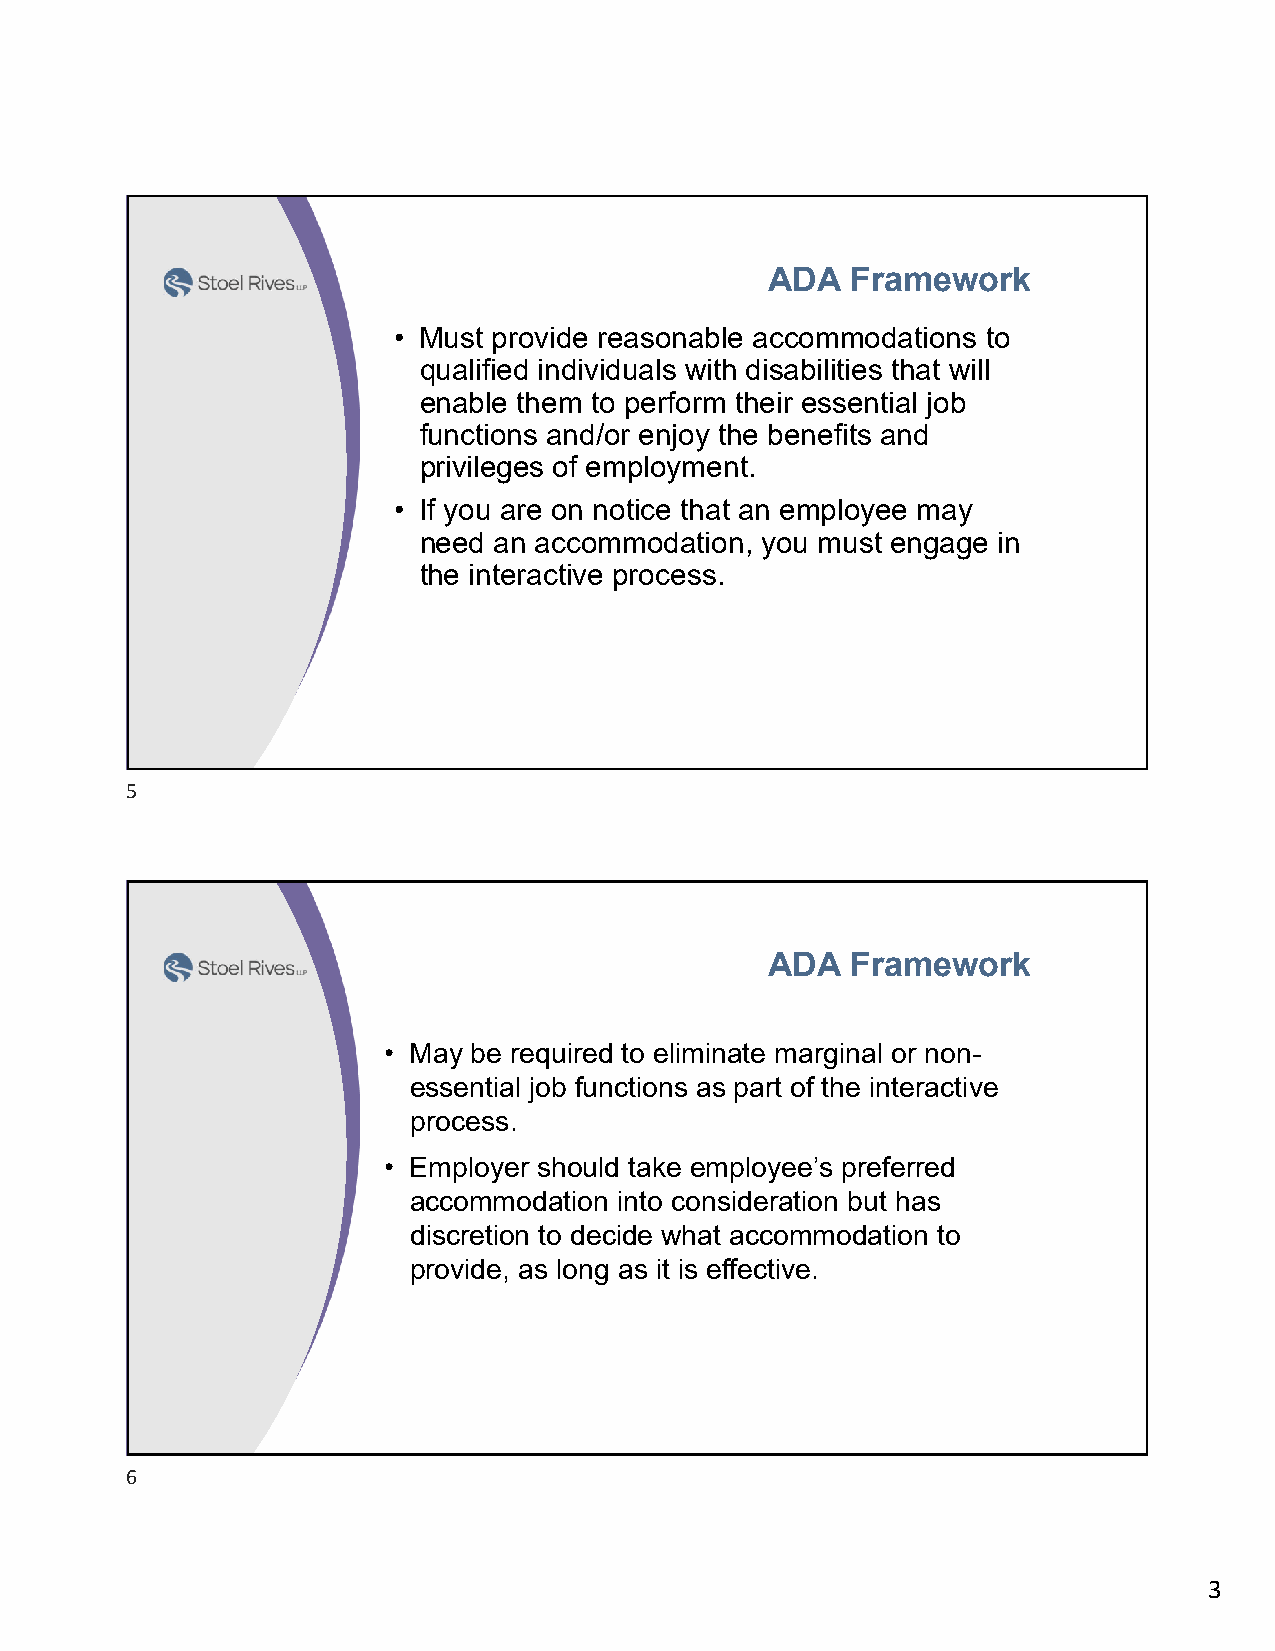
ADA  Framework
 • Must provide reasonable accommodations to
 qualified individuals with disabilities that will
 enable them to perform their essential job
 functions and/or enjoy the benefits and
 privileges of employment.
 • If you are on notice that an employee may
 need an accommodation, you must engage in
 the interactive process.
 5
 ADA  Framework
 • May be required to eliminate marginal or non-
 essential job functions as part of the interactive
 process.
 • Employer should take employee’s preferred
 accommodation into consideration but has
 discretion to decide what accommodation to
 provide, as long as it is effective.
 6
 3